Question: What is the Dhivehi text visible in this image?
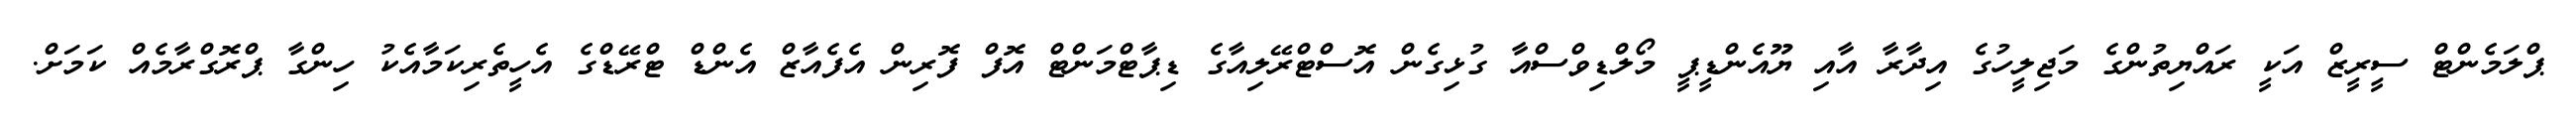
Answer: ޕްލަމެންޓް ސީރީޒް އަކީ ރައްޔިތުންގެ މަޖިލީހުގެ އިދާރާ އާއި ޔޫއެންޑީޕީ މޯލްޑިވްސްއާ ގުޅިގެން އޮސްޓްރޭލިއާގެ ޑިޕާޓްމަންޓް އޮފް ފޮރިން އެފެއާޒް އެންޑް ޓްރޭޑްގެ އެހީތެރިކަމާއެކު ހިންގާ ޕްރޮގްރާމެއް ކަމަށް.